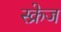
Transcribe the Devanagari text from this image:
स्क्रेज